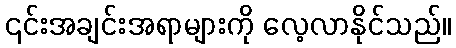
၎င်းအချင်းအရာများကို လေ့လာနိုင်သည်။